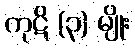
ကုဋိ (၃) မျိုး